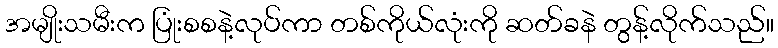
အမျိုးသမီးက ပြုံးစစနဲ့လုပ်ကာ တစ်ကိုယ်လုံးကို ဆတ်ခနဲ တွန့်လိုက်သည်။